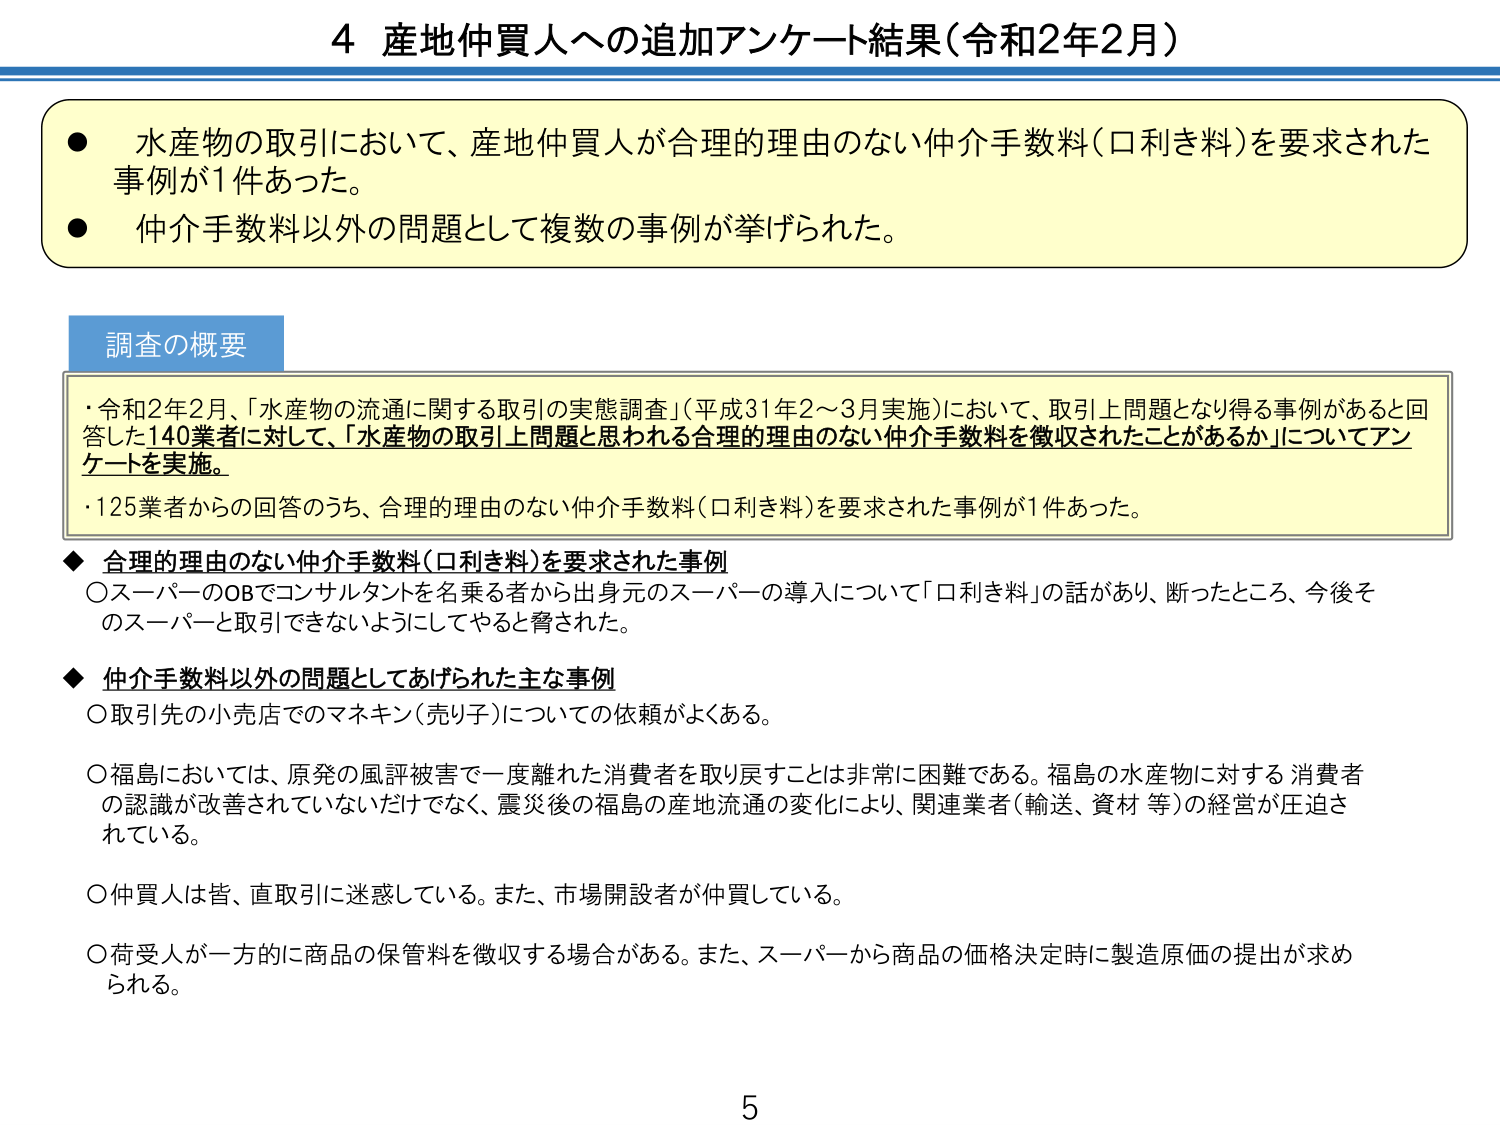
4 産地仲買人への追加アンケート結果（令和2年2月）

● 水産物の取引において、産地仲買人が合理的理由のない仲介手数料（口利き料）を要求された事例が1件あった。
● 仲介手数料以外の問題として複数の事例が挙げられた。

調査の概要
・令和2年2月、「水産物の流通に関する取引の実態調査」（平成31年2～3月実施）において、取引上問題となり得る事例があると回答した140業者に対して、「水産物の取引上問題と思われる合理的理由のない仲介手数料を徴収されたことがあるか」についてアンケートを実施。
・125業者からの回答のうち、合理的理由のない仲介手数料（口利き料）を要求された事例が1件あった。

◆ 合理的理由のない仲介手数料（口利き料）を要求された事例
○ スーパーのOBでコンサルタントを名乗る者から出身元のスーパーの導入について「口利き料」の話があり、断ったところ、今後そのスーパーと取引できないようにしてやると脅された。

◆ 仲介手数料以外の問題としてあげられた主な事例
○ 取引先の小売店でのマネキン（売り子）についての依頼がよくある。
○ 福島においては、原発の風評被害で一度離れた消費者を取り戻すことは非常に困難である。福島の水産物に対する消費者の認識が改善されていないだけでなく、震災後の福島の産地流通の変化により、関連業者（輸送、資材 等）の経営が圧迫されている。
○ 仲買人は皆、直取引に迷惑している。また、市場開設者が仲買している。
○ 荷受人が一方的に商品の保管料を徴収する場合がある。また、スーパーから商品の価格決定時に製造原価の提出が求められる。

5